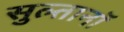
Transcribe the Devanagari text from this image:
सुल्तानॉ